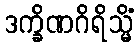
ဒက္ခိဏဂိရိသ္မိံ